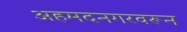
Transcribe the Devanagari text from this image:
अहमदनगरवरून